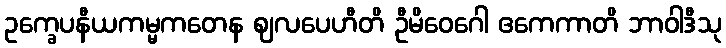
ဥက္ခေပနီယကမ္မကတေန ဈလပေဟီတိ ဦမိဝေဂေါ ဧကေကာတိ ဘာဝါဒီသု